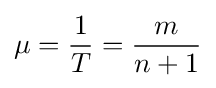
\mu ={\frac {1}{T}}={m \over n+1}